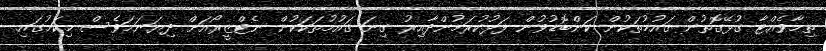
ތިމާވެއްޓާ ގުޅޭގޮތުން ޤައުމުތަކުން ކަންބޮޑުވުން ފަޅުކުރަމުންދާއިރު ގިނަ ޤައުމުތަކަކުން ނެޓްޒީރޯއަށް ދިޔަނަމަވެސް މިކަމުގައި